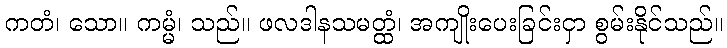
ကတံ၊ သော။ ကမ္မံ၊ သည်။ ဖလဒါနသမတ္ထံ၊ အကျိုးပေးခြင်းငှာ စွမ်းနိုင်သည်။